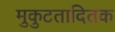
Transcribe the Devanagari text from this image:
मुकुटतादितक